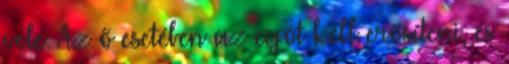
vele. Az ő esetében az egót kell erősíteni, és